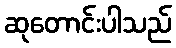
ဆုတောင်းပါသည်